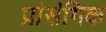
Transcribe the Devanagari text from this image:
प्रांसंगिक